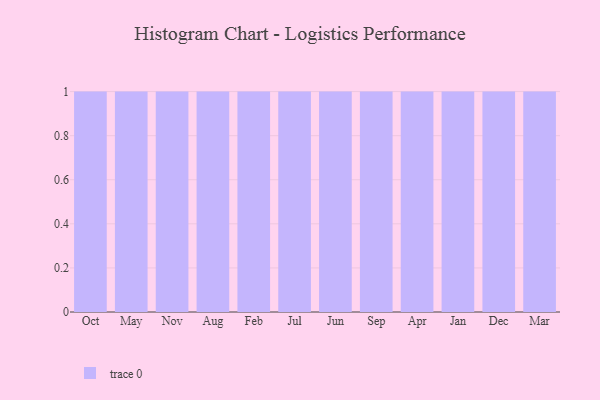
{"axis": {"x": "Month", "y": "Bounce Rate (%)"}, "legend": [""], "data": [{"x": "Oct", "y": 62, "type": ""}, {"x": "May", "y": 59, "type": ""}, {"x": "Nov", "y": 72, "type": ""}, {"x": "Aug", "y": 21, "type": ""}, {"x": "Feb", "y": 95, "type": ""}, {"x": "Jul", "y": 70, "type": ""}, {"x": "Jun", "y": 23, "type": ""}, {"x": "Sep", "y": 62, "type": ""}, {"x": "Apr", "y": 97, "type": ""}, {"x": "Jan", "y": 61, "type": ""}, {"x": "Dec", "y": 24, "type": ""}, {"x": "Mar", "y": 73, "type": ""}]}